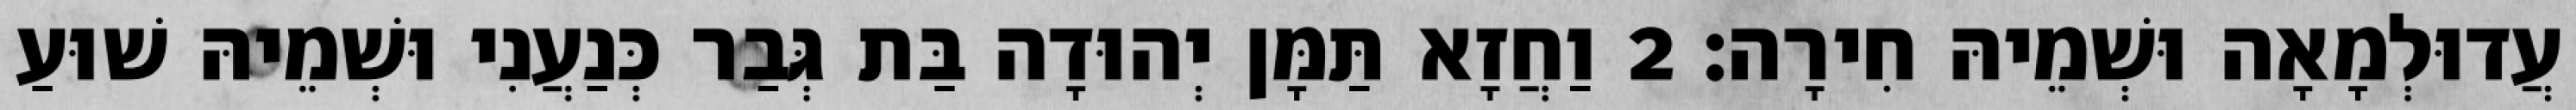
עֲדוּלְמָאָה וּשְׁמֵיהּ חִירָה׃ 2 וַחֲזָא תַּמָּן יְהוּדָה בַּת גְּבַר כְּנַעֲנִי וּשְׁמֵיהּ שׁוּעַ